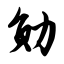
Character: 勋